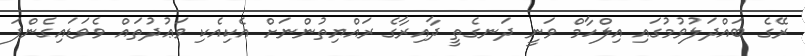
ރޭގެ ބައްދަލުވުމުގައި އިލްހާމް ވަނީ ދަނގެތީ ދާއިރާގެ ރައްޔިތުންނަށް އެކިއެކި ވަޢުދުތައް ވެވަޑައިގެންފަ